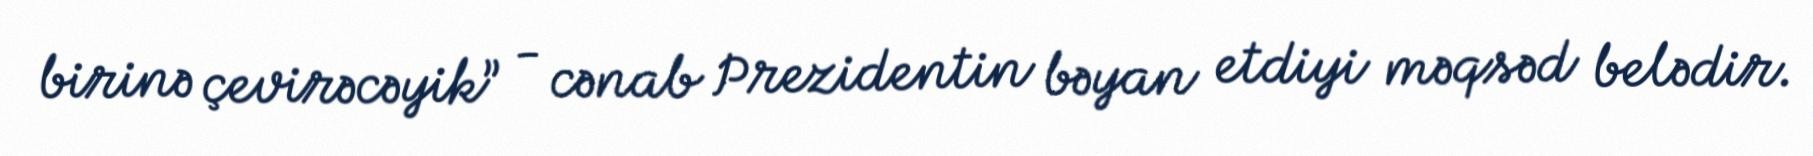
birinə çevirəcəyik” - cənab Prezidentin bəyan etdiyi məqsəd belədir.